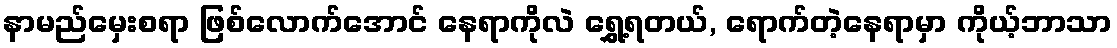
နာမည်မှေးစရာ ဖြစ်လောက်အောင် နေရာကိုလဲ ရွှေ့ရတယ်, ရောက်တဲ့နေရာမှာ ကိုယ့်ဘာသာ